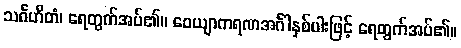
သင်္ဂဟိတံ၊ ရေတွက်အပ်၏။ ဝေယျာကရဏအင်္ဂါနှစ်ပါးဖြင့် ရေတွက်အပ်၏။